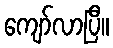
ကျော်လာပြီ။